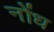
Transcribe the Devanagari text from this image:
नोंध